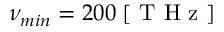
\nu _ { m i n } = 2 0 0 \; [ \mathrm { ~ T ~ H ~ z ~ } ]